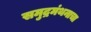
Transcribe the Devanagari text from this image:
समुद्रमंथनाचा